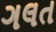
ગલત